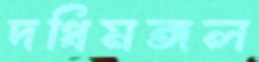
দধিমঙ্গল